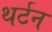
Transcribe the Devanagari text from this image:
थर्टन